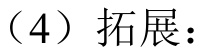
（4）拓展：